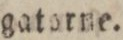
gatorne.